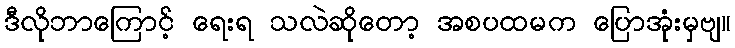
ဒီလိုဘာကြောင့် ရေးရ သလဲဆိုတော့ အစပထမက ပြောအုံးမှဗျ။